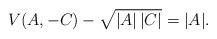
LaTeX: \begin{align*} V(A,-C)- \sqrt{|A|\,|C|} = |A|.\end{align*}